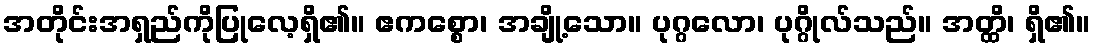
အတိုင်းအရှည်ကိုပြုလေ့ရှိ၏။ ဧကစ္စော၊ အချို့သော။ ပုဂ္ဂလော၊ ပုဂ္ဂိုလ်သည်။ အတ္ထိ၊ ရှိ၏။